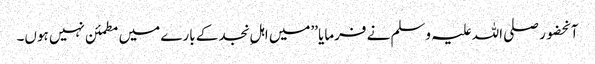
آنحضور صلی اللہ علیہ وسلم نے فرمایا ’’میں اہلِ نجد کے بارے میں مطمئن نہیں ہوں۔